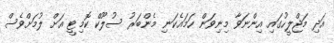
އަދި މަޖްލީހުގައި އިންނަވާ މިނިވަން ހަމައެކަނި މެންބަރު ސުލޫކް ކޮމިޓީ އަށް ލުމަށްވެސް